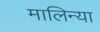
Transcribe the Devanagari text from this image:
मालिन्या